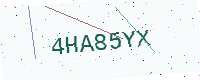
Text: 4HA85YX